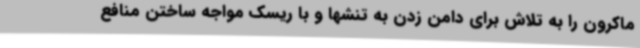
ماکرون را به تلاش برای دامن زدن به تنشها و با ریسک مواجه ساختن منافع